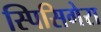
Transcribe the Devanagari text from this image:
स्पिसिगेरा